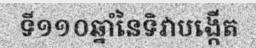
ទី១១០ឆ្នាំនៃទិវាបង្កើត